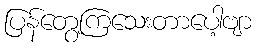
ပြန်တွေ့ကြသေးတာပေါ့ဗျာ